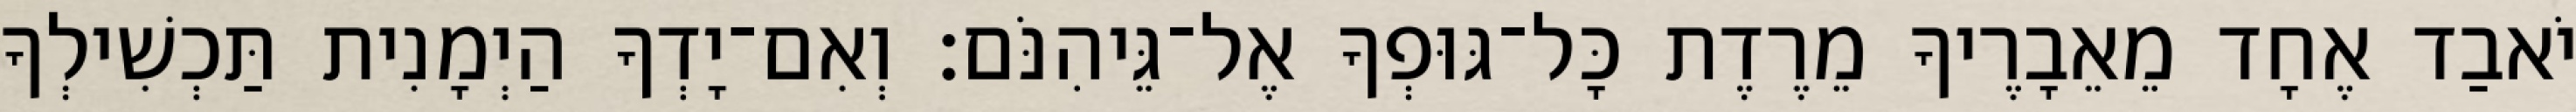
יֹאבַד אֶחָד מֵאֵבָרֶיךָ מֵרֶדֶת כָּל־גּוּפְךָ אֶל־גֵּיהִנֹּם׃ וְאִם־יָדְךָ הַיְמָנִית תַּכְשִׁילְךָ